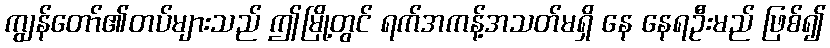
ကျွန်တော်၏တပ်များသည် ဤမြို့တွင် ရက်အကန့်အသတ်မရှိ နေ နေရဦးမည် ဖြစ်၍